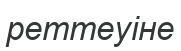
реттеуіне